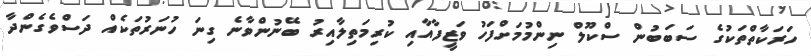
ހަރަކާތްތަކުގެ ސަބަބުން ސްކޫލް ނިންމުމަށްފަހު ވަޒީފާއާއި ކުރިމަތިލާއިރު ބޭނުންވާނެ ގިނަ ހުނަރުތަކެއް ދަސްވެގެންދާ